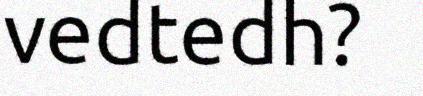
vedtedh?